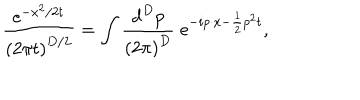
LaTeX: \frac { \mathrm { e } ^ { - x ^ { 2 } / 2 t } } { \left( 2 \pi t \right) ^ { D / 2 } } = \int \frac { \mathrm { d } ^ { D } p } { \left( 2 \pi \right) ^ { D } } \; \mathrm { e } ^ { - i p \cdot x - \frac 1 2 p ^ { 2 } t } ,